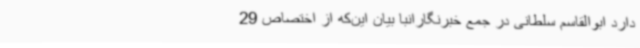
دارد ابوالقاسم سلطانی در جمع خبرنگارانبا بیان این‌که از اختصاص 29